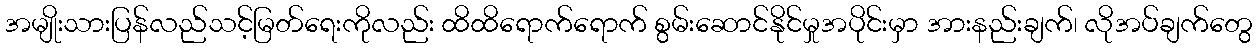
အမျိုးသားပြန်လည်သင့်မြတ်ရေးကိုလည်း ထိထိရောက်ရောက် စွမ်းဆောင်နိုင်မှုအပိုင်းမှာ အားနည်းချက်၊ လိုအပ်ချက်တွေ